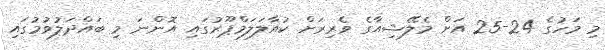
މި މަހުގެ 24-25 އަށް މެލޭޝިއާގެ ވެރިރަށް ކުއާލަލަމްޕޫރުގައި އޮންނަ މި ބައްދަލުވުމުގައި